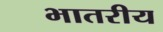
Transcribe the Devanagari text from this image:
भातरीय